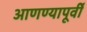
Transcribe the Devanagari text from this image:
आणण्यापूर्वी